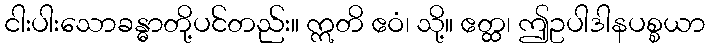
ငါးပါးသောခန္ဓာတို့ပင်တည်း။ ဣတိ ဧဝံ၊ သို့။ ဧတ္ထ၊ ဤဥပါဒါနပစ္စယာ